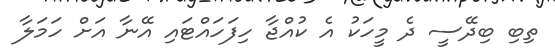
ތިބި ބިދޭސީ ދެ މީހަކު އެ ކުއްޖާ ހިފަހައްޓައި އޭނާ އަށް ހަމަލާ